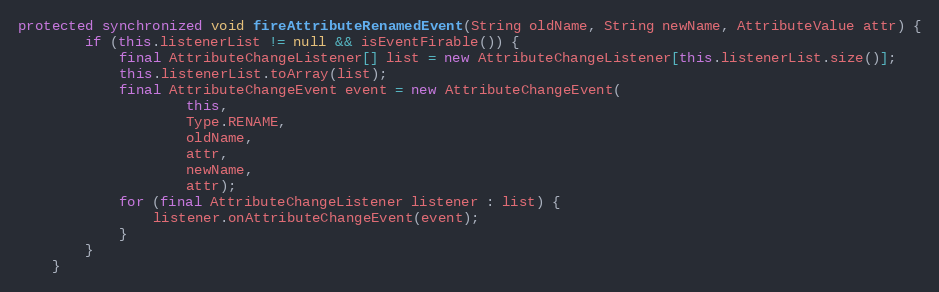
Language: Java
protected synchronized void fireAttributeRenamedEvent(String oldName, String newName, AttributeValue attr) {
		if (this.listenerList != null && isEventFirable()) {
			final AttributeChangeListener[] list = new AttributeChangeListener[this.listenerList.size()];
			this.listenerList.toArray(list);
			final AttributeChangeEvent event = new AttributeChangeEvent(
					this,
					Type.RENAME,
					oldName,
					attr,
					newName,
					attr);
			for (final AttributeChangeListener listener : list) {
				listener.onAttributeChangeEvent(event);
			}
		}
	}